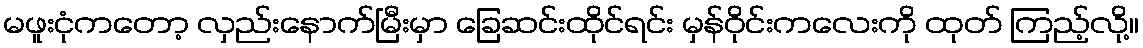
မဖူးငုံကတော့ လှည်းနောက်မြီးမှာ ခြေဆင်းထိုင်ရင်း မှန်ဝိုင်းကလေးကို ထုတ် ကြည့်လို့။